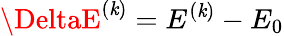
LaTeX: \DeltaE^{(\mathit{k})}=E^{(\mathit{k})}-E_{0}